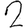
Digit: 2